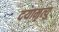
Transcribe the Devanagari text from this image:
दयामृत्यु